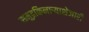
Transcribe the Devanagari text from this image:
समुद्रकिनार्‍याशेजारी